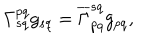
\Gamma _ { s q } ^ { p q } g _ { s q } = \overline { { { \Gamma } } } _ { p q } ^ { s q } g _ { p q } ,